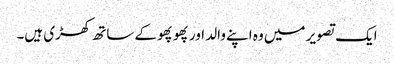
ایک تصویر میں وہ اپنے والد اور پھوپھو کے ساتھ کھڑی ہیں۔